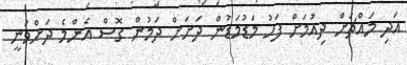
އަދި މައްޗަށް ދިއުމަށް ފަހު މަޑުމަޑުން ދަށަށް ދަމުން ގޮސް އެންމެ ދަށްވަނީ